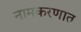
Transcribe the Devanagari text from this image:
नामकरणात